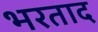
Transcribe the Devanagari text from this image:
भरताद